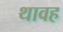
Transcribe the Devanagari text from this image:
थावह